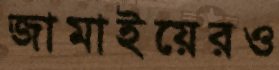
জামাইয়েরও